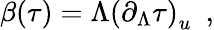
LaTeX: \beta(\tau)=\Lambda\left(\partial_{\Lambda}\tau\right)_{u}\ \ ,